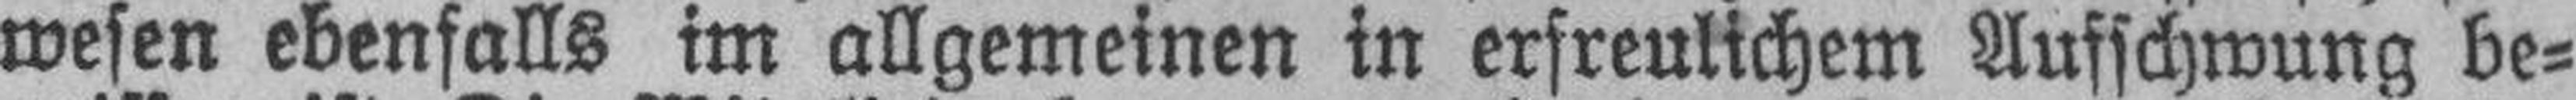
wesen ebenfalls im allgemeinen in erfreulichem Aufschwung be¬